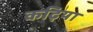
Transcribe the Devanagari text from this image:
कढ़िया